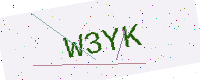
Text: W3YK